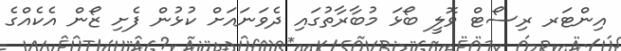
އިންޓަރ ރިސޯޓް ވޮލީ ބޯޅަ މުބާރާތުގައި ދެވަނައަށް ކުޅުން ފެށި ޒޯން އެކެއްގެ